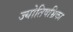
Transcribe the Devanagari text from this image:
ज्योतिषभ्रिका